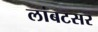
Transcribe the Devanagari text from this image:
लांबटसर